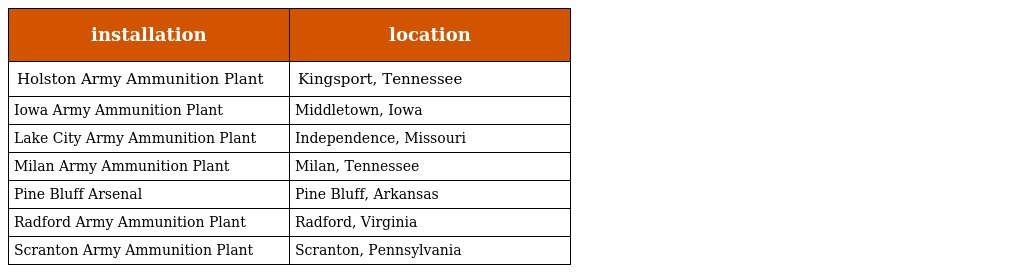
| installation | location |
 | --- | --- |
 | Holston Army Ammunition Plant | Kingsport, Tennessee |
 | Iowa Army Ammunition Plant | Middletown, Iowa |
 | Lake City Army Ammunition Plant | Independence, Missouri |
 | Milan Army Ammunition Plant | Milan, Tennessee |
 | Pine Bluff Arsenal | Pine Bluff, Arkansas |
 | Radford Army Ammunition Plant | Radford, Virginia |
 | Scranton Army Ammunition Plant | Scranton, Pennsylvania |